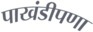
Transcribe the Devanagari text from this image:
पाखंडीपणा